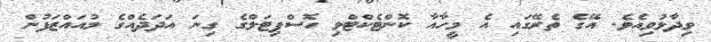
ވިދާޅުވިއެވެ. އޭގެ ތެރޭގައި އެ މީހާއާ ކޮންޓެކްޓްވި ހޮސްޕިޓަލްގެ ގިނަ އަދަދެއްގެ މުއައްޒަފުން